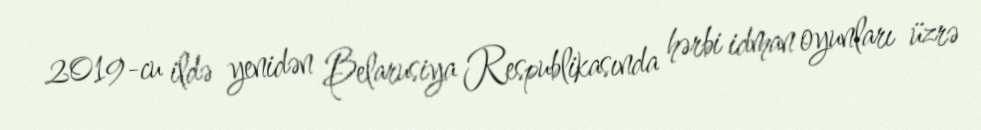
2019-cu ildə yenidən Belarusiya Respublikasında hərbi idman oyunları üzrə